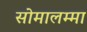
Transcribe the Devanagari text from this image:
सोमालम्मा